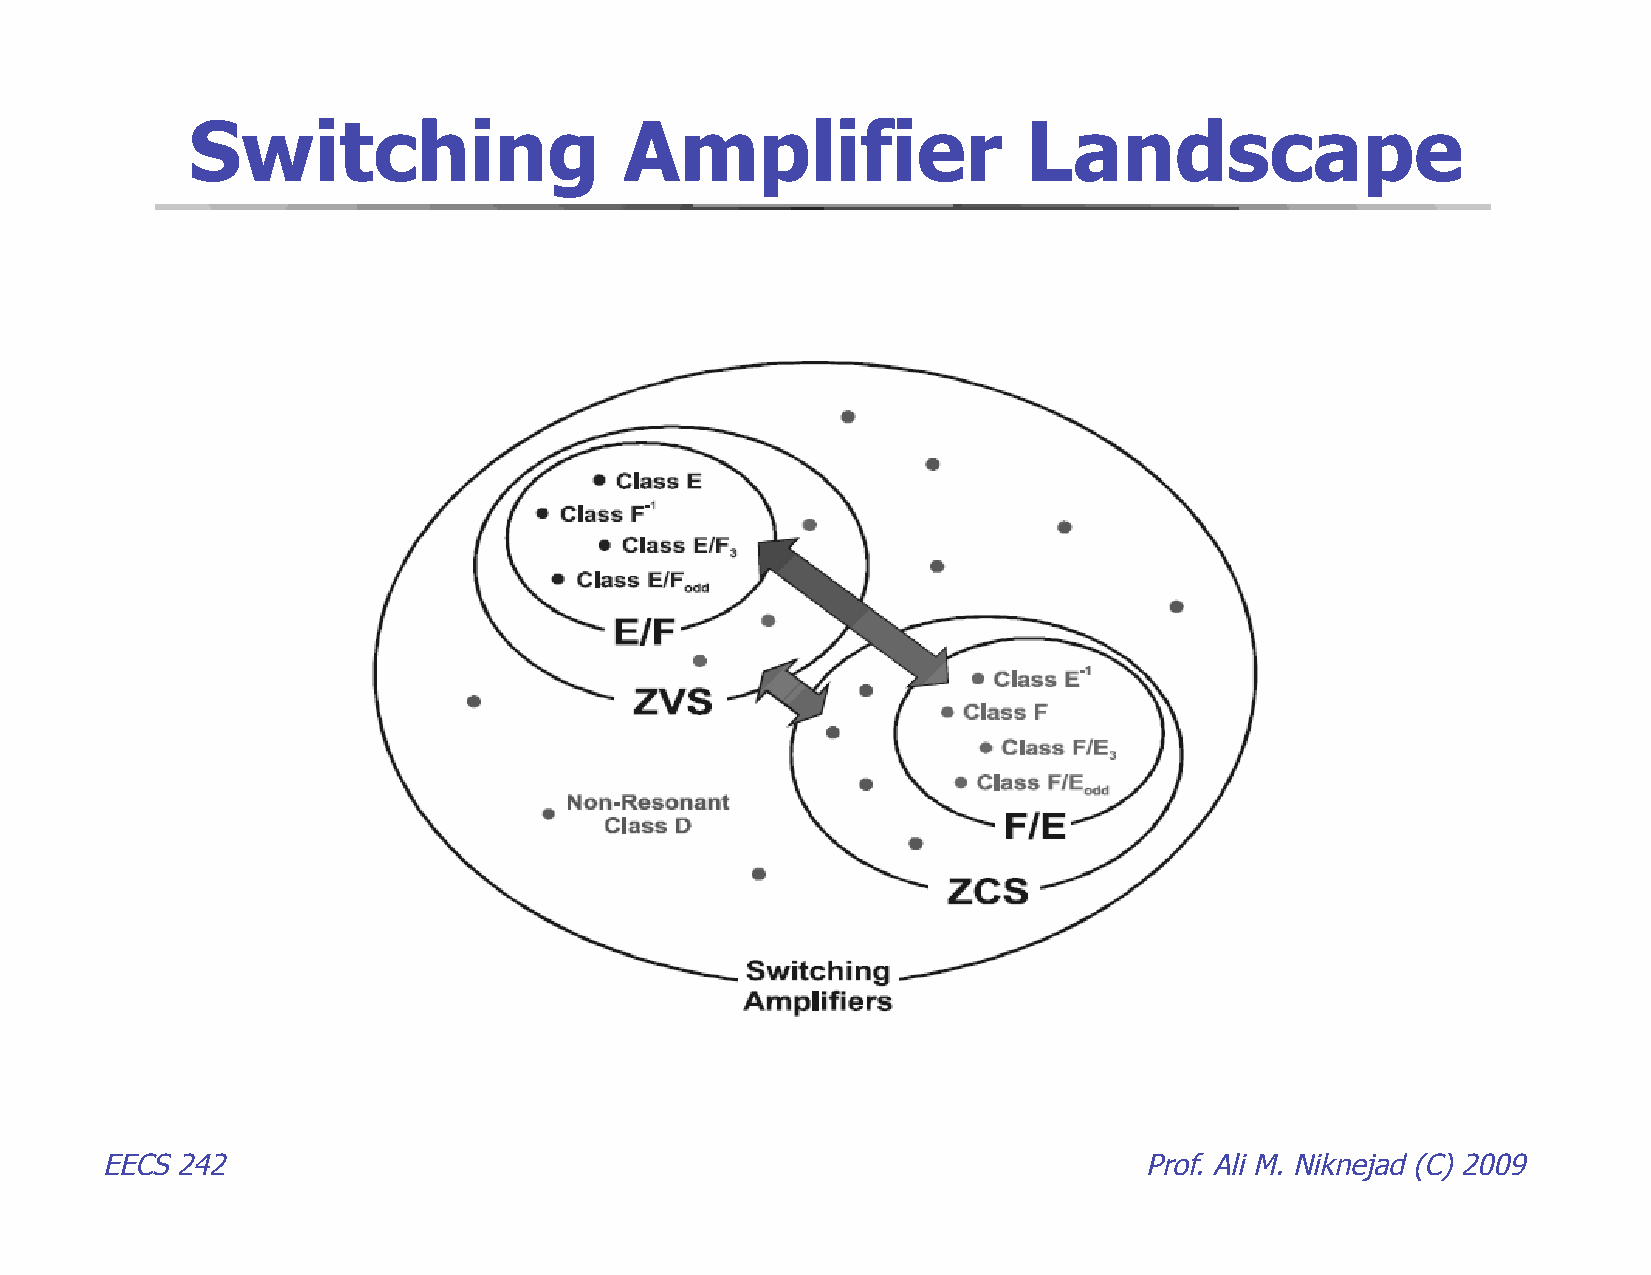
Switching                    Amplifier                  Landscape
 EECS 242                                                             Prof. Ali M. Niknejad (C) 2009